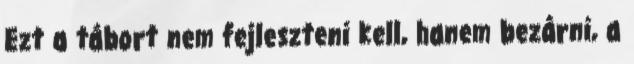
Ezt a tábort nem fejleszteni kell, hanem bezárni, a